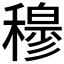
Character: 𥢣